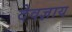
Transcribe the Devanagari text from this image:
देवज्ञाय